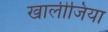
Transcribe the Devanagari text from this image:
खालीजिया